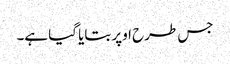
جس طرح اوپر بتایا گیا ہے۔